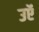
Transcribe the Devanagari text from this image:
उऍ